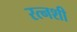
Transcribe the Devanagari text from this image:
रत्नशी